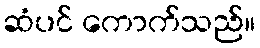
ဆံပင် ကောက်သည်။